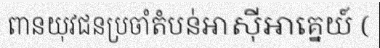
ពានយុវជនប្រចាំតំបន់អាស៊ីអាគ្នេយ៍ (